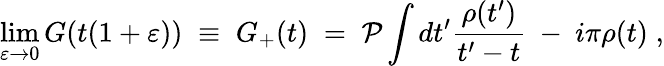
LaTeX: \operatorname*{lim}_{\varepsilon\rightarrow 0}G(t(1+\varepsilon))\; \equiv\; G_{+}(t)\; =\; {\cal P}\int dt^{\prime}\frac{\rho(t^{\prime})}{t^{\prime}-t}~-~i\pi\rho(t)\; ,